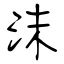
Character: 沫